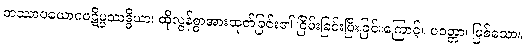
တဿာပယောဂပဋိပ္ပဿဒ္ဓိယာ၊ ထိုလွန်စွာအားထုတ်ခြင်း၏ ငြိမ်းခြင်းပြီးခြင်းကြောင့်။ ပဝတ္တာ၊ ဖြစ်သော။